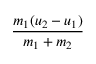
\frac { m _ { 1 } ( u _ { 2 } - u _ { 1 } ) } { m _ { 1 } + m _ { 2 } }